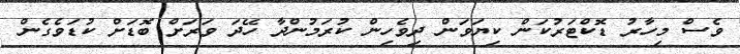
ވެސް މިހާރު ޑޮކްޓަރުކަން ކިޔަވަން ދިވެހިން ކުރަމުންދާ ހޭދަ ވަރަށް ބޮޑަށް ކުޑަވެގެން